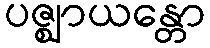
ပဇ္ဈာယန္တော